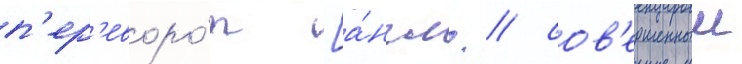
п'ер'еворо́т [а́нгл. / сов'ершенныи